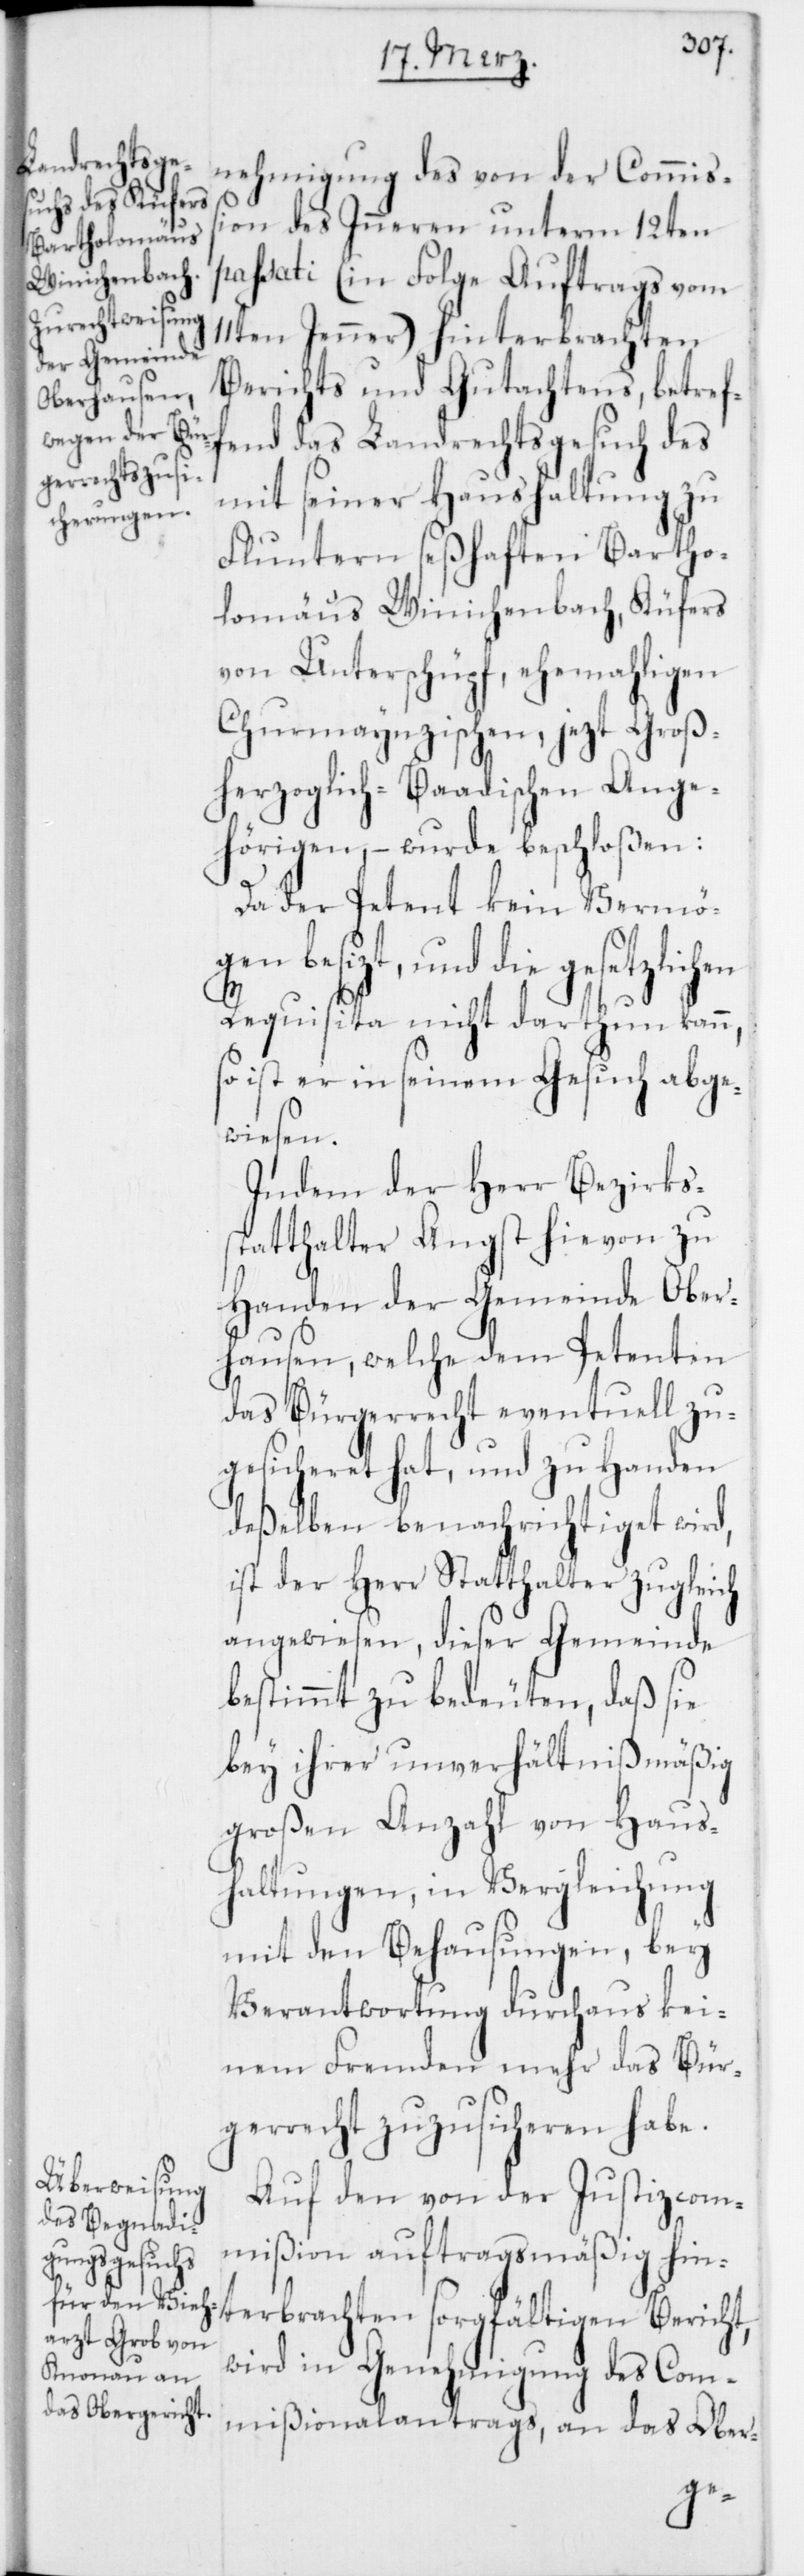
nehmigung des von der Commiß¬
ion des Inneren unterm 12ten
passati (in Folge Auftrags vom
11ten Jenner) hinterbrachten
Berichts und Gutachtens, betref¬
fend das Landrechtsgesuch des
mit seiner Haushaltung zu
Fluntern seßhaften Bartho¬
lomäus Winichenbach, Küfers
von Unterschüpf, ehemahligen
Churmaynzischen, jezt Groß¬
herzoglich-Baadischen Ange¬
hörigen, – wurde beschloßen:
Da der Petent kein Vermög¬
terbrachten sorgfältigen
Requisita nicht darthun kann,
ist er in seinem Gesuch abge¬
wiesen.
Indem der Herr Bezirks¬
statthalter Angst hievon zu
Handen der Gemeinde Ober¬
hausen, welche dem Petenten
das Bürgerrecht eventuell zu¬
gesicheret hat, und zu Handen
deßelben benachrichtiget wird,
ist der Herr Statthalter zugleich
angewiesen, dieser Gemeinde
bestimmt zu bedeuten, daß sie
bey ihrer unverhältnißmäßig
großen Anzahl von Haus¬
haltungen, in Vergleichung
mit den Behausungen, bey
Verantwortung durchaus kei¬
nem Fremden mehr das Bür¬
gerrecht zuzusicheren habe.
Auf den von der Justizcom¬
mißion auftragsmäßig hin¬
wird in Genehmigung des Com¬
mißionalantrags, an das Ober-
en